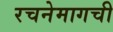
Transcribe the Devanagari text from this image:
रचनेमागची